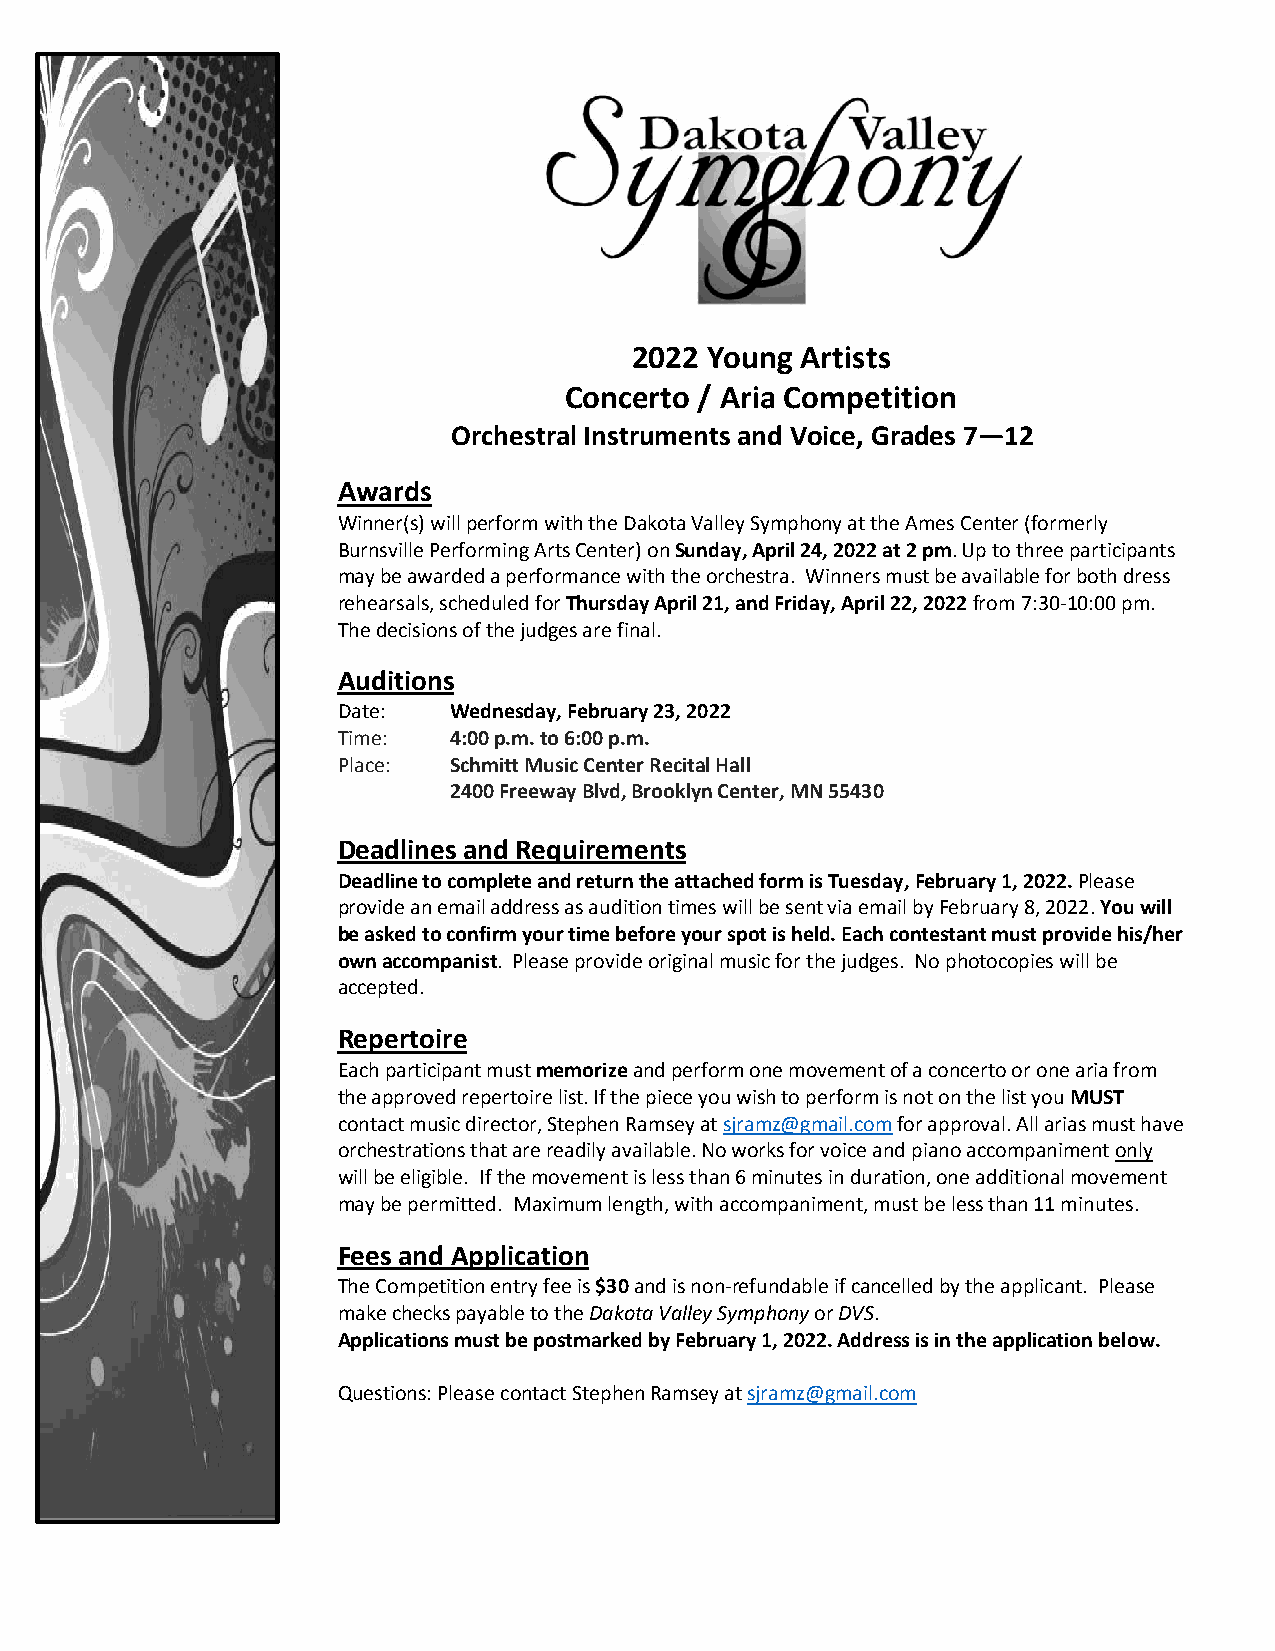
2022 Young Artists
 Concerto / Aria Competition
 Orchestral Instruments and Voice, Grades 7—12
 Awards
 Winner(s) will perform with the Dakota Valley Symphony at the Ames Center (formerly
 Burnsville Performing Arts Center) on Sunday, April 24, 2022 at 2 pm. Up to three participants
 may be awarded a performance with the orchestra. Winners must be available for both dress
 rehearsals, scheduled for Thursday April 21, and Friday, April 22, 2022 from 7:30-10:00 pm.
 The decisions of the judges are final.
 Auditions
 Date:   Wednesday, February 23, 2022
 Time:   4:00 p.m. to 6:00 p.m.
 Place:  Schmitt Music Center Recital Hall
 2400 Freeway Blvd, Brooklyn Center, MN 55430
 Deadlines and Requirements
 Deadline to complete and return the attached form is Tuesday, February 1, 2022. Please
 provide an email address as audition times will be sent via email by February 8, 2022. You will
 be asked to confirm your time before your spot is held. Each contestant must provide his/her
 own accompanist. Please provide original music for the judges. No photocopies will be
 accepted.
 Repertoire
 Each participant must memorize and perform one movement of a concerto or one aria from
 the approved repertoire list. If the piece you wish to perform is not on the list you MUST
 contact music director, Stephen Ramsey at sjramz@gmail.com for approval. All arias must have
 orchestrations that are readily available. No works for voice and piano accompaniment only
 will be eligible. If the movement is less than 6 minutes in duration, one additional movement
 may be permitted. Maximum length, with accompaniment, must be less than 11 minutes.
 Fees and Application
 The Competition entry fee is $30 and is non-refundable if cancelled by the applicant. Please
 make checks payable to the Dakota Valley Symphony or DVS.
 Applications must be postmarked by February 1, 2022. Address is in the application below.
 Questions: Please contact Stephen Ramsey at sjramz@gmail.com